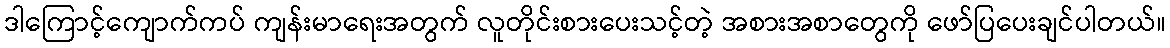
ဒါကြောင့်ကျောက်ကပ် ကျန်းမာရေးအတွက် လူတိုင်းစားပေးသင့်တဲ့ အစားအစာတွေကို ဖော်ပြပေးချင်ပါတယ်။